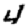
Digit: 4